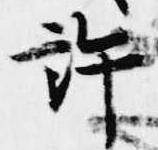
許